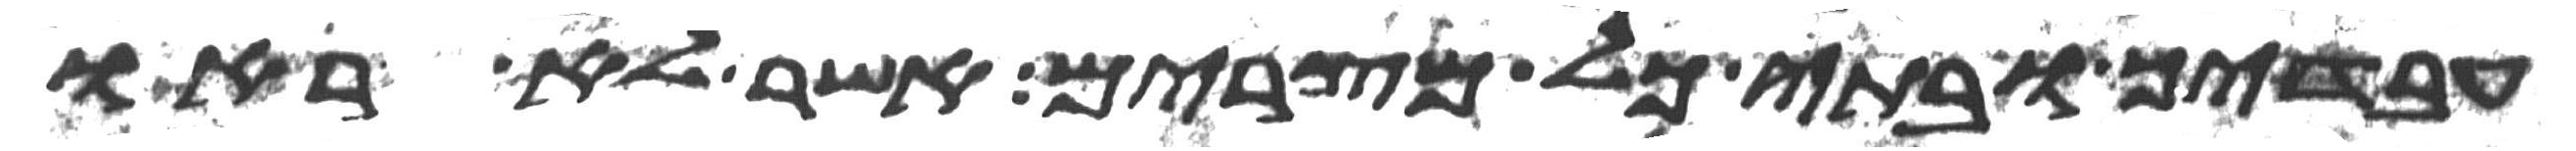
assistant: עבדיך ובתי כל מצרים אשר לא ראו